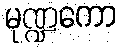
မုဏ္ဍကော